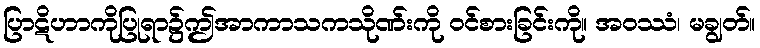
ပြာဋိဟာကိုပြုရာ၌ဤအာကာသကသိုဏ်းကို ဝင်စားခြင်းကို။ အဝဿံ၊ မချွတ်။